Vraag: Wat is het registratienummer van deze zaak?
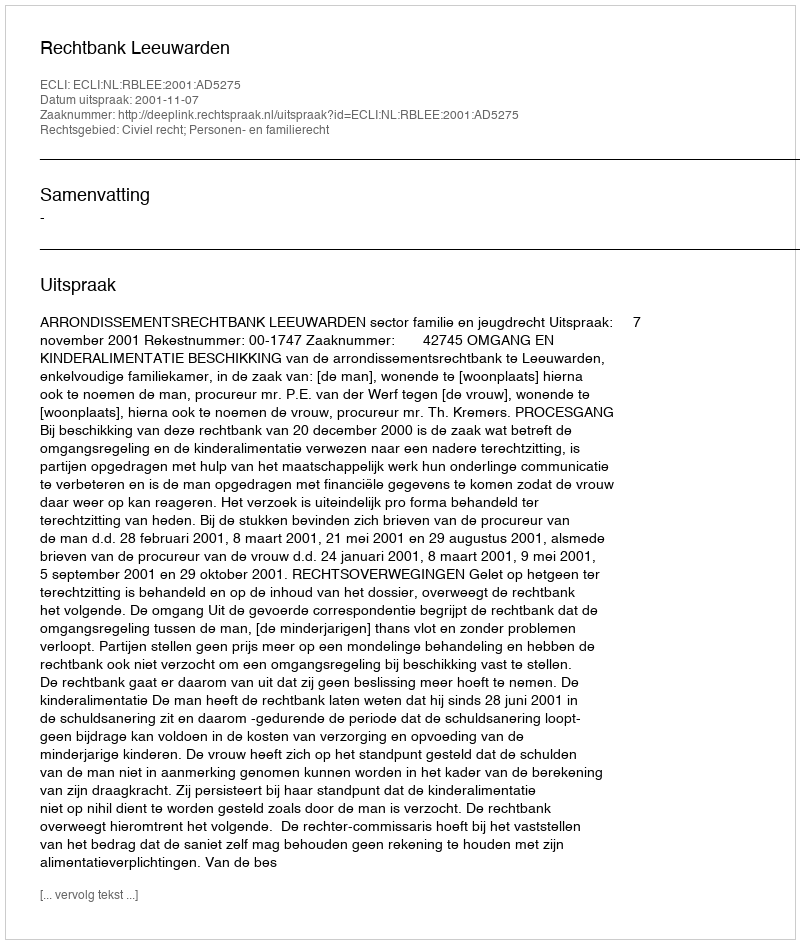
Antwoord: http://deeplink.rechtspraak.nl/uitspraak?id=ECLI:NL:RBLEE:2001:AD5275